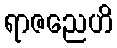
ရာဇညေဟိ